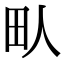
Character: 㽗